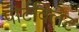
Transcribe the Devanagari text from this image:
पोर्टविलेट